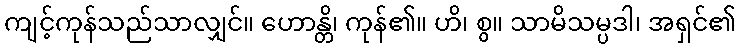
ကျင့်ကုန်သည်သာလျှင်။ ဟောန္တိ၊ ကုန်၏။ ဟိ၊ စွ။ သာမိသမ္ပဒါ၊ အရှင်၏